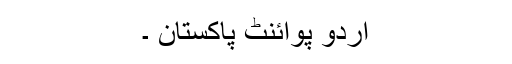
اردو پوائنٹ پاکستان ۔